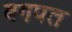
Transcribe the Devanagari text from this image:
बगपत